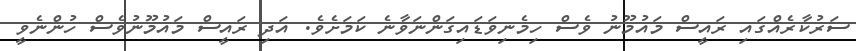
ސަރުކާރެއްގައި ރައީސް މައުމޫނު ވެސް ހިމެނިވަޑައިގަންނަވާނެ ކަމަށެވެ. އަދި ރައީސް މައުމޫނުވެސް ހުންނެވީ